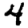
Digit: 4